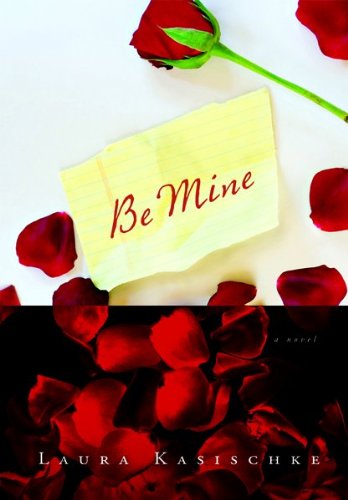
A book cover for Be Mine; Laura Kasischke; Romance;